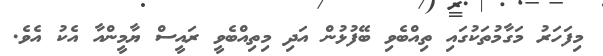
މިފަހަރު މަގާމުތަކުގައި ތިއްބެވި ބޭފުޅުން އަދި މިތިއްބެވީ ރައީސް ޔާމީންއާ އެކު އެވެ.